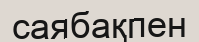
саябақпен